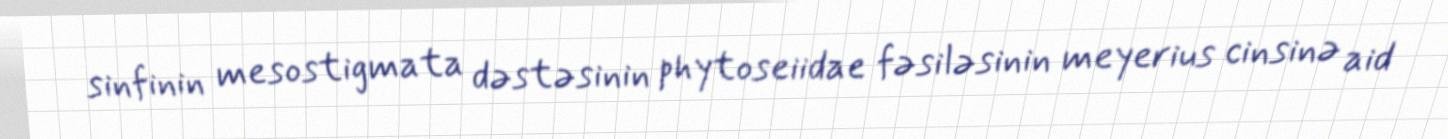
sinfinin mesostigmata dəstəsinin phytoseiidae fəsiləsinin meyerius cinsinə aid